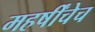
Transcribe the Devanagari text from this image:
महर्षींचेच